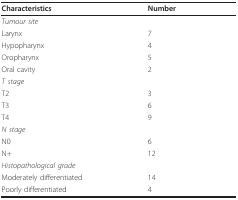
| Characteristics | Number |
 | --- | --- |
 | Tumour site |  |
 | Larynx | 7 |
 | Hypopharynx | 4 |
 | Oropharynx | 5 |
 | Oral cavity | 2 |
 | T stage |  |
 | T2 | 3 |
 | T3 | 6 |
 | T4 | 9 |
 | N stage |  |
 | N0 | 6 |
 | N+ | 12 |
 | Histopathological grade |  |
 | Moderately differentiated | 14 |
 | Poorly differentiated | 4 |